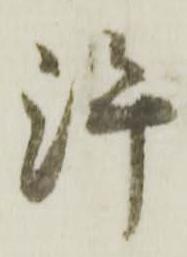
許